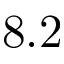
8 . 2